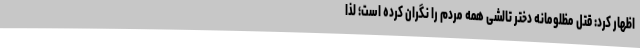
اظهار کرد: قتل مظلومانه دختر تالشی همه مردم را نگران کرده است؛ لذا